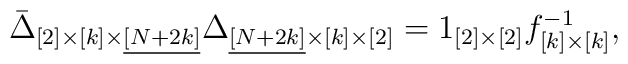
\bar{\Delta}_{[2]\times[k] \times \underline{[N+2k]}} \Delta_{\underline{[N+2k]} \times[k]\times[2]} = 1_{[2]\times[2]} f^{-1}_{[k]\times[k]},